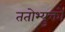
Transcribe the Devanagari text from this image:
ततोभ्युक्तो